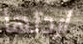
اردتها